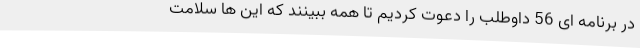
در برنامه ای 56 داوطلب را دعوت کردیم تا همه ببینند که این ها سلامت